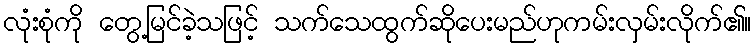
လုံးစုံကို တွေ့မြင်ခဲ့သဖြင့် သက်သေထွက်ဆိုပေးမည်ဟုကမ်းလှမ်းလိုက်၏။